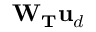
\mathbf { W } _ { \mathbf { T } } \mathbf { u } _ { d }